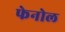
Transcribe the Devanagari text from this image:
फेनोल